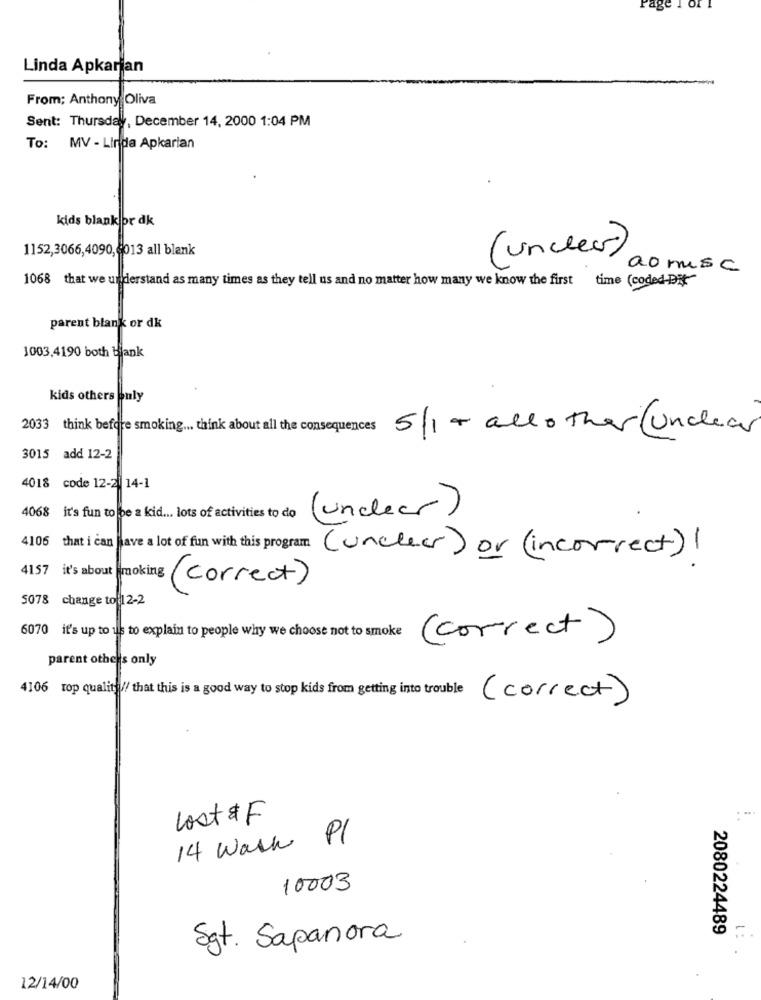
Linda Apkarian
From: Anthony Oliva
Sent: Thursday, December 14, 2000 1:04 PM
To: MV - Linda Apkarian
kids blank or dk
1152,3066,4090, 013 all blank
(unclear)
aomise
1068 that we understand as many times as they tell us and no matter how many we know the first time (coded-Dit"
parent blank or dk
1003,4190 both bank
kids others puly
2033 think before smoking ... think about all the consequences
5/1 + allother ( undear
3015 add 12-2
4018 code 12-2| 14-1
4068 it's fun to be a kid ... lots of activities to do
(unclear)
(unclear) or (incorrect) !
( correct )
5078 change to 12-2
6070 it's up to us to explain to people why we choose not to smoke
( correct )
parent other's only
4106 top quality// that this is a good way to stop kids from getting into trouble
( correct)
lost &F
14 Walk Pl
10003
2080224489
1:
Sgt. Sapanora
12/14/00